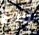
لندع